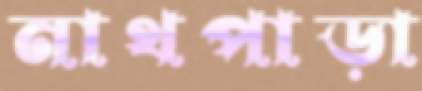
নাথপাড়া